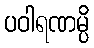
ပဝါရဏမ္ပိ